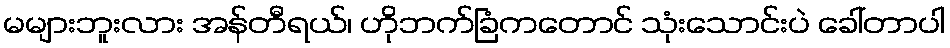
မများဘူးလား အန်တီရယ်၊ ဟိုဘက်ခြံကတောင် သုံးသောင်းပဲ ခေါ်တာပါ